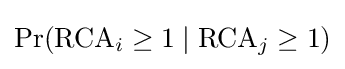
\Pr({\text{RCA}}_{i}\geq 1\mid {\text{RCA}}_{j}\geq 1)